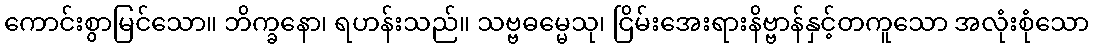
ကောင်းစွာမြင်သော။ ဘိက္ခနော၊ ရဟန်းသည်။ သဗ္ဗဓမ္မေသု၊ ငြိမ်းအေးရားနိဗ္ဗာန်နှင့်တကူသော အလုံးစုံသော